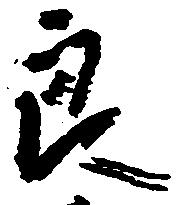
良